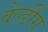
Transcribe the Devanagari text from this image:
वेल्डींग